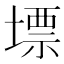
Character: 墂